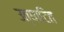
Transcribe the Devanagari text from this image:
उत्घाटित